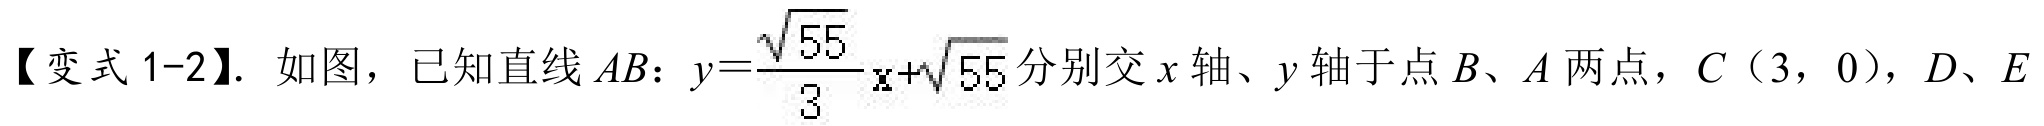
【变式1 - 2】. 如图，已知直线 \(AB:y = \frac{\sqrt{55}}{3}x+\sqrt{55}\) 分别交 \(x\) 轴、\(y\) 轴于点 \(B\)、\(A\) 两点，\(C(3,0)\)，\(D\)、\(E\)